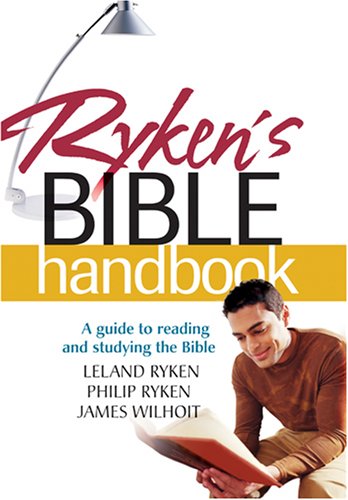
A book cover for Ryken's Bible Handbook; Leland Ryken; Christian Books & Bibles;